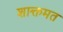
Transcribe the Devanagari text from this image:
शाक्तमत